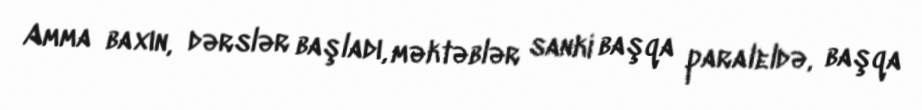
Amma baxın, dərslər başladı, məktəblər sanki başqa paraleldə, başqa